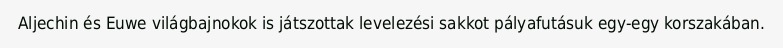
Aljechin és Euwe világbajnokok is játszottak levelezési sakkot pályafutásuk egy-egy korszakában.